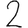
Digit: 2